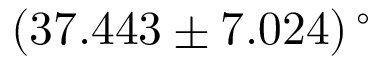
( 3 7 . 4 4 3 \pm 7 . 0 2 4 ) \, ^ { \circ }